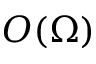
O ( \Omega )